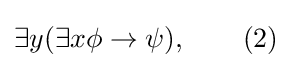
\exists y(\exists x\phi \rightarrow \psi ),\qquad (2)